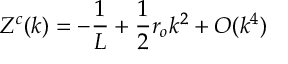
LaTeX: Z ^ { c } ( k ) = - \frac { 1 } { L } + \frac { 1 } { 2 } r _ { o } k ^ { 2 } + O ( k ^ { 4 } )